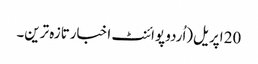
20 اپریل(اُردو پوائنٹ اخبارتازہ ترین۔